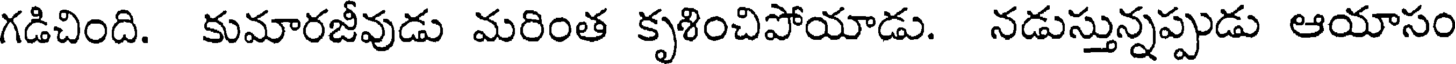
గడిచింది. కుమారజీవుడు మరింత కృశించిపోయాడు. నడుస్తున్నప్పుడు ఆయాసం